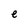
Character: e